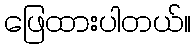
ဖြေထားပါတယ်။